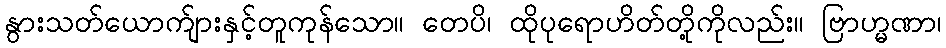
နွားသတ်ယောက်ျားနှင့်တူကုန်သော။ တေပိ၊ ထိုပုရောဟိတ်တို့ကိုလည်း။ ဗြာဟ္မဏာ၊